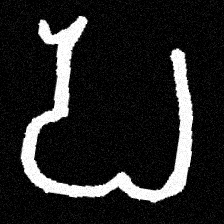
Pyu character \u2014 Myanmar letter: ပ (romanized: pa)